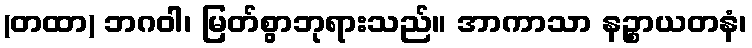
(တထာ) ဘဂဝါ၊ မြတ်စွာဘုရားသည်။ အာကာသာ နဉ္စာယတနံ၊